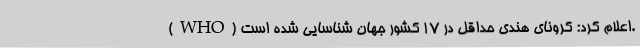
(WHO) اعلام کرد: کرونای هندی حداقل در ۱۷ کشور جهان شناسایی شده است.